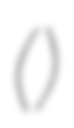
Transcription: ()